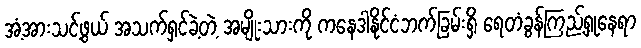
အံ့အားသင့်ဖွယ် အသက်ရှင်ခဲ့တဲ့ အမျိုးသားကို ကနေဒါနိုင်ငံဘက်ခြမ်းရှိ ရေတံခွန်ကြည့်ရှုနေရာ